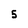
Character: 5